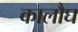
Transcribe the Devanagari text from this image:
कालौघ